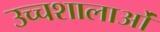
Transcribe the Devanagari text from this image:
उच्चशालाओं